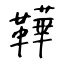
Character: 鞾